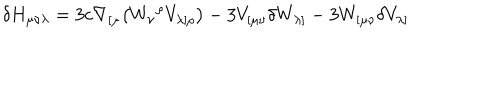
\delta H _ { \mu \nu \lambda } = 3 c \nabla _ { [ \mu } \bigl ( W _ { \nu } { } ^ { \rho } V _ { \lambda ] \rho } \bigr ) - 3 V _ { [ \mu \nu } \delta W _ { \lambda ] } - 3 W _ { [ \mu \nu } \delta V _ { \lambda ] }